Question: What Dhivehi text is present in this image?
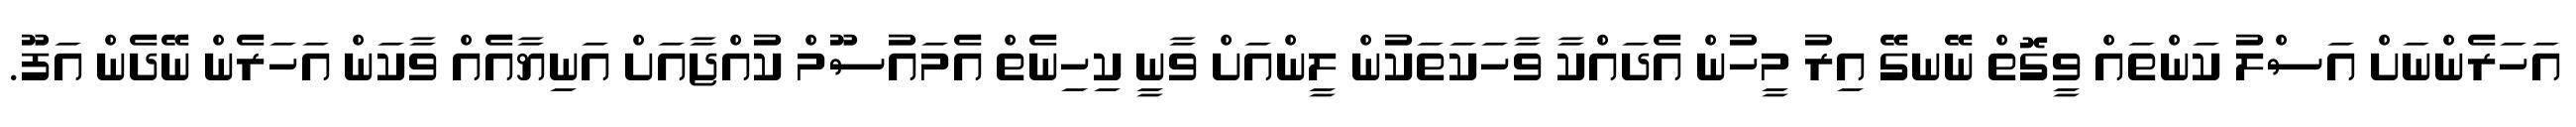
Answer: އަހަރެންނަށް އަސްލު ކަންތައް ވީގޮތް ނޭނގޭ އިރު މީހުން އެދައްކާ ވާހަކަތަކުން ލީންއަށް ވާނީ ކިހިނެތް އެމައުސޫމް ކުއްޖާއަށް އަނިޔާއެއް ވާކަން އަހަރެން ނޭދެން އަފޫ.